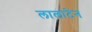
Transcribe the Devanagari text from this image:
लालाटेन